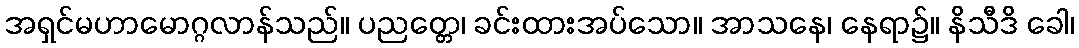
အရှင်မဟာမောဂ္ဂလာန်သည်။ ပညတ္တေ၊ ခင်းထားအပ်သော။ အာသနေ၊ နေရာ၌။ နိသီဒိ ခေါ၊